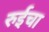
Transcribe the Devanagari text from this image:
रुईचा